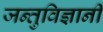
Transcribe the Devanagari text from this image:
जन्तुविज्ञानी